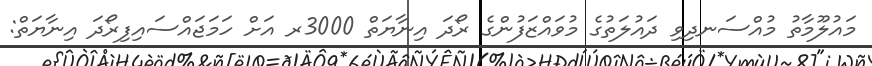
މައުލޫމާތު މުއްސަނދިވި ދައުލަތުގެ މުވައްޒަފުންގެ ރޯދަ އިނާޔަތް 3000ރ އަށް ހަމަޖައްސައިފިރޯދަ އިނާޔަތް: